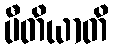
ပီတိယာတိ